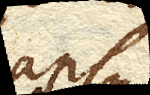
lapsus